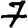
Digit: 7